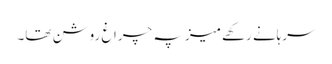
سرہانے رکھے میز پہ چراغ روشن تھا۔